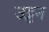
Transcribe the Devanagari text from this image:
उट्टन